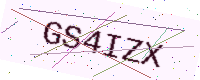
Text: GS4IZX